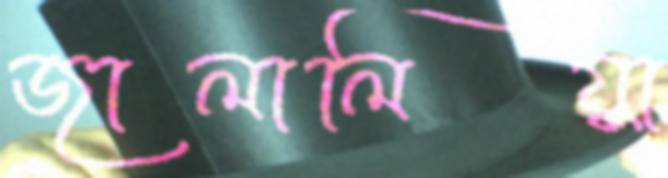
জালালিয়া